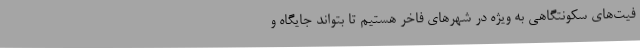
فیت‌های سکونتگاهی به ویژه در شهرهای فاخر هستیم تا بتواند جایگاه و